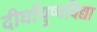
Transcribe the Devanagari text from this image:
दीर्घायुष्यविद्या